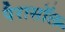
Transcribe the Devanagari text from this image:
पैरासॉल